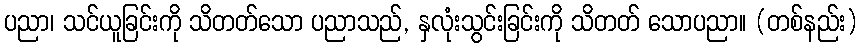
ပညာ၊ သင်ယူခြင်းကို သိတတ်သော ပညာသည်, နှလုံးသွင်းခြင်းကို သိတတ် သောပညာ။ (တစ်နည်း)